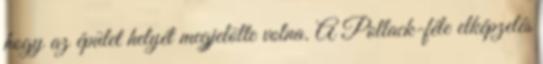
hogy az épület helyét megjelölte volna. A Pollack-féle elképzelés